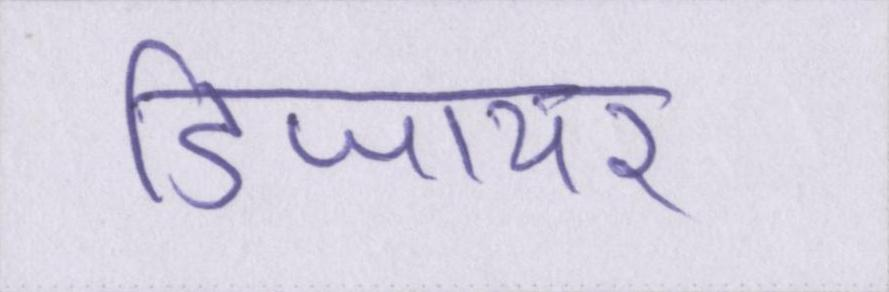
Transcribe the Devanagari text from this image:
डिजायर